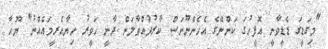
"މިގަޑީގަ ޑެޑީވާނީ އޮފީހުގަ ކަންނޭގެ އެހެންނޫނަސް ކާރުދުއްވާލަން ދާނީ ހަވީރު ހިޔާއެރީމައެއްނު" ޔޫހާ